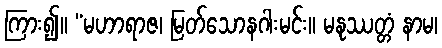
ကြား၍။ “မဟာရာဇ၊ မြတ်သောနဂါးမင်း။ မနုဿတ္တံ နာမ၊